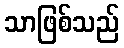
သာဖြစ်သည်